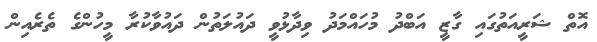
އޮތް ޝަރީއަތުގައި ގާޒީ އަބްދު މުހައްމަދު ވިދާޅުވީ ދައުލަތުން ދައުވާކުރާ މީހުންގެ ތެރެއިން